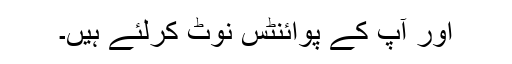
اور آپ کے پوائنٹس نوٹ کرلئے ہیں۔